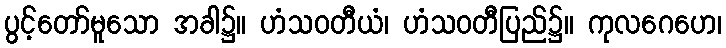
ပွင့်တော်မူသော အခါ၌။ ဟံသဝတီယံ၊ ဟံသဝတီပြည်၌။ ကုလဂေဟေ၊